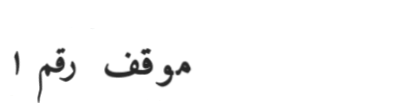
موقف رقم ١